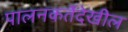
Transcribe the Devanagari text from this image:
पालनकर्तेदेखील